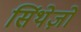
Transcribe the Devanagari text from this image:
सिंथेज़ों